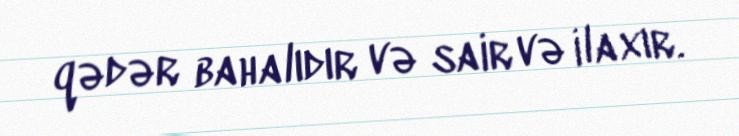
qədər bahalıdır və sair və ilaxır.